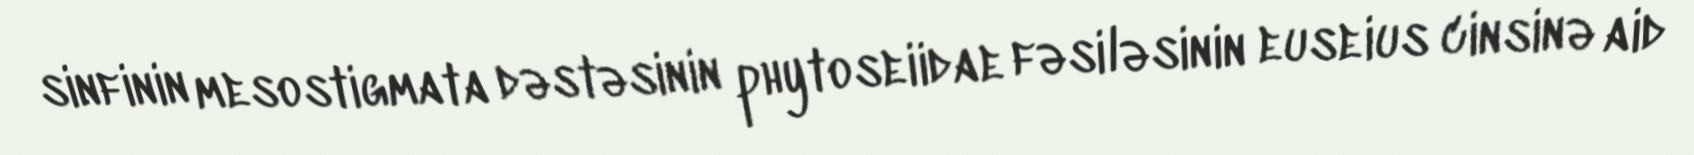
sinfinin mesostigmata dəstəsinin phytoseiidae fəsiləsinin euseius cinsinə aid